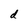
Character: d